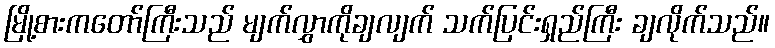
မြို့စားကတော်ကြီးသည် မျက်လွှာကိုချလျက် သက်ပြင်းရှည်ကြီး ချလိုက်သည်။